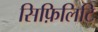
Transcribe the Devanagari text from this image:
सिफ़िलिटि